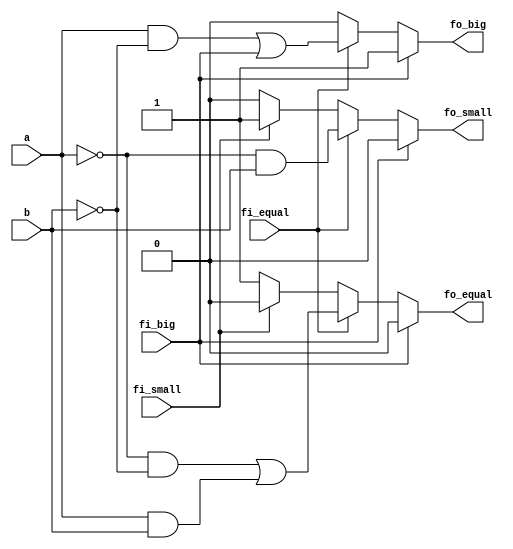
module cmp1(
    input   wire        a,
    input   wire        b,
    input   wire        fi_big,
    input   wire        fi_equal,
    input   wire        fi_small,
 
    output      reg         fo_big,
    output      reg         fo_equal,
    output      reg         fo_small
);
 
     
    always@(*) begin
        if(fi_big == 1'b1)begin
                fo_big  = 1'b1;
                fo_equal    = 1'b0;
                fo_small = 1'b0;
            end
        else if(fi_equal == 1'b1)begin
                fo_big  = a&~b | fi_big;
                fo_equal = (~a&~b) | (a&b);
                fo_small = ~a&b;   
            end
        else if(fi_small == 1'b1)begin
                fo_big  = 1'b0;
                fo_equal    = 1'b0;
                fo_small = 1'b1;
            end
        else
            begin
                fo_big  = 1'b0;
                fo_equal    = 1'b1;
                fo_small = 1'b0;
            end
    end
 
endmodule